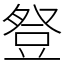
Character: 豋